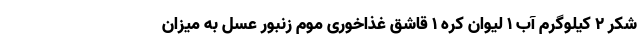
شکر ۲ کیلوگرم آب ۱ لیوان کره ۱ قاشق غذاخوری موم زنبور عسل به میزان